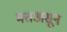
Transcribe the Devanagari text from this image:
मतअसून